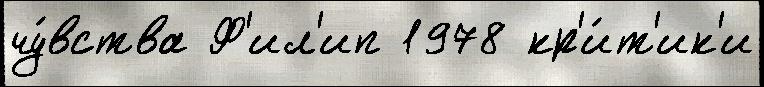
чу́вства Ф'ил'ип 1978 кр'и́т'ик'и